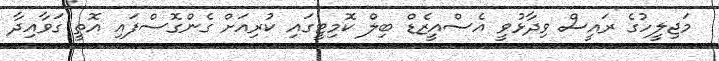
މަޖިލީހުގެ ރައީސް ވިދާޅުވީ އެސްއީޒެޑް ބިލް ކޮމިޓީގައި ކުރިއަށް ގެންގޮސްފައި އޮތީ ގަވާއިދާ